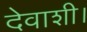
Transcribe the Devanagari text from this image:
देवाशी।